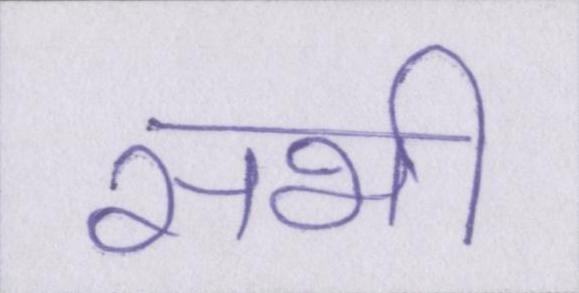
सभी